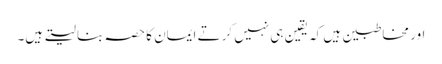
اور مخاطبین ہیں کہ یقین ہی نہیں کرتے ایمان کا حصہ بنا لیتے ہیں۔